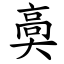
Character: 䯨